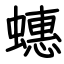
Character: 蟪